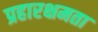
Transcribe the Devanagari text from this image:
प्रहारक्षमता